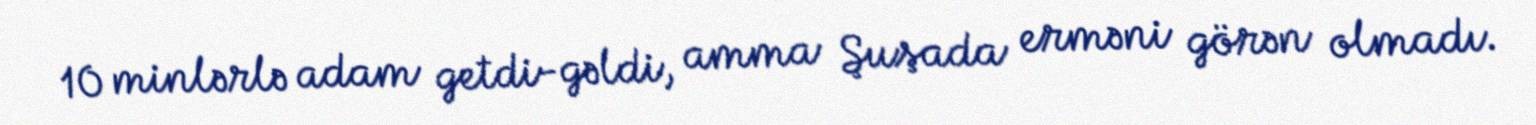
10 minlərlə adam getdi-gəldi, amma Şuşada erməni görən olmadı.